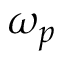
\omega _ { p }